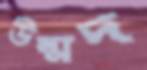
উন্মদ